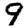
Digit: 9